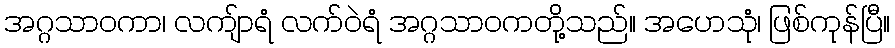
အဂ္ဂသာဝကာ၊ လကျ်ာရံ လက်ဝဲရံ အဂ္ဂသာဝကတို့သည်။ အဟေသုံ၊ ဖြစ်ကုန်ပြီ။